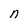
Character: n